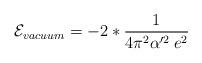
LaTeX: \begin{align*}{\cal E}_{vacuum}=-2*\frac{1}{4\pi ^{2}\alpha '^{2}\: e^{2}}\end{align*}